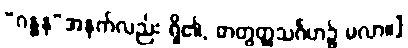
“ဂန္ဓန”အနက်လည်း ရှိ၏, ဓာတွတ္ထသင်္ဂဟ၌ မလာ။]